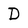
Character: D